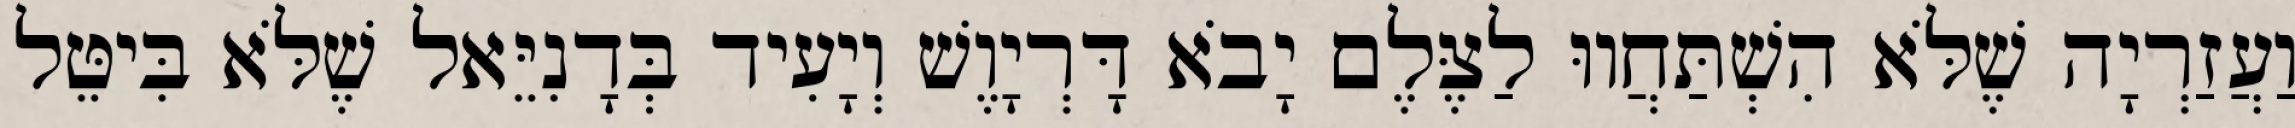
וַעֲזַרְיָה שֶׁלֹּא הִשְׁתַּחֲווּ לַצֶּלֶם יָבֹא דָּרְיָוֶשׁ וְיָעִיד בְּדָנִיֵּאל שֶׁלֹּא בִּיטֵּל